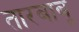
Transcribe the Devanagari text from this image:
तारबाबू